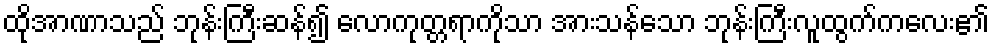
ထိုအာဏာသည် ဘုန်းကြီးဆန်၍ လောကုတ္တရာကိုသာ အားသန်သော ဘုန်းကြီးလူထွက်ကလေး၏